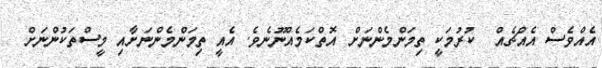
އެއްވެސް އެއްޗެއް  ކުރުމަކީ ތިމަންމެންނަށް އޮތްކަމެއްނޫނެވެ. އެއީ ތިމަންމެންނަށާއި މީސްތަކުންނަށް